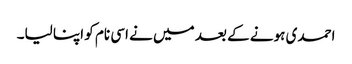
احمدی ہونے کے بعد میں نے اسی نام کو اپنا لیا۔